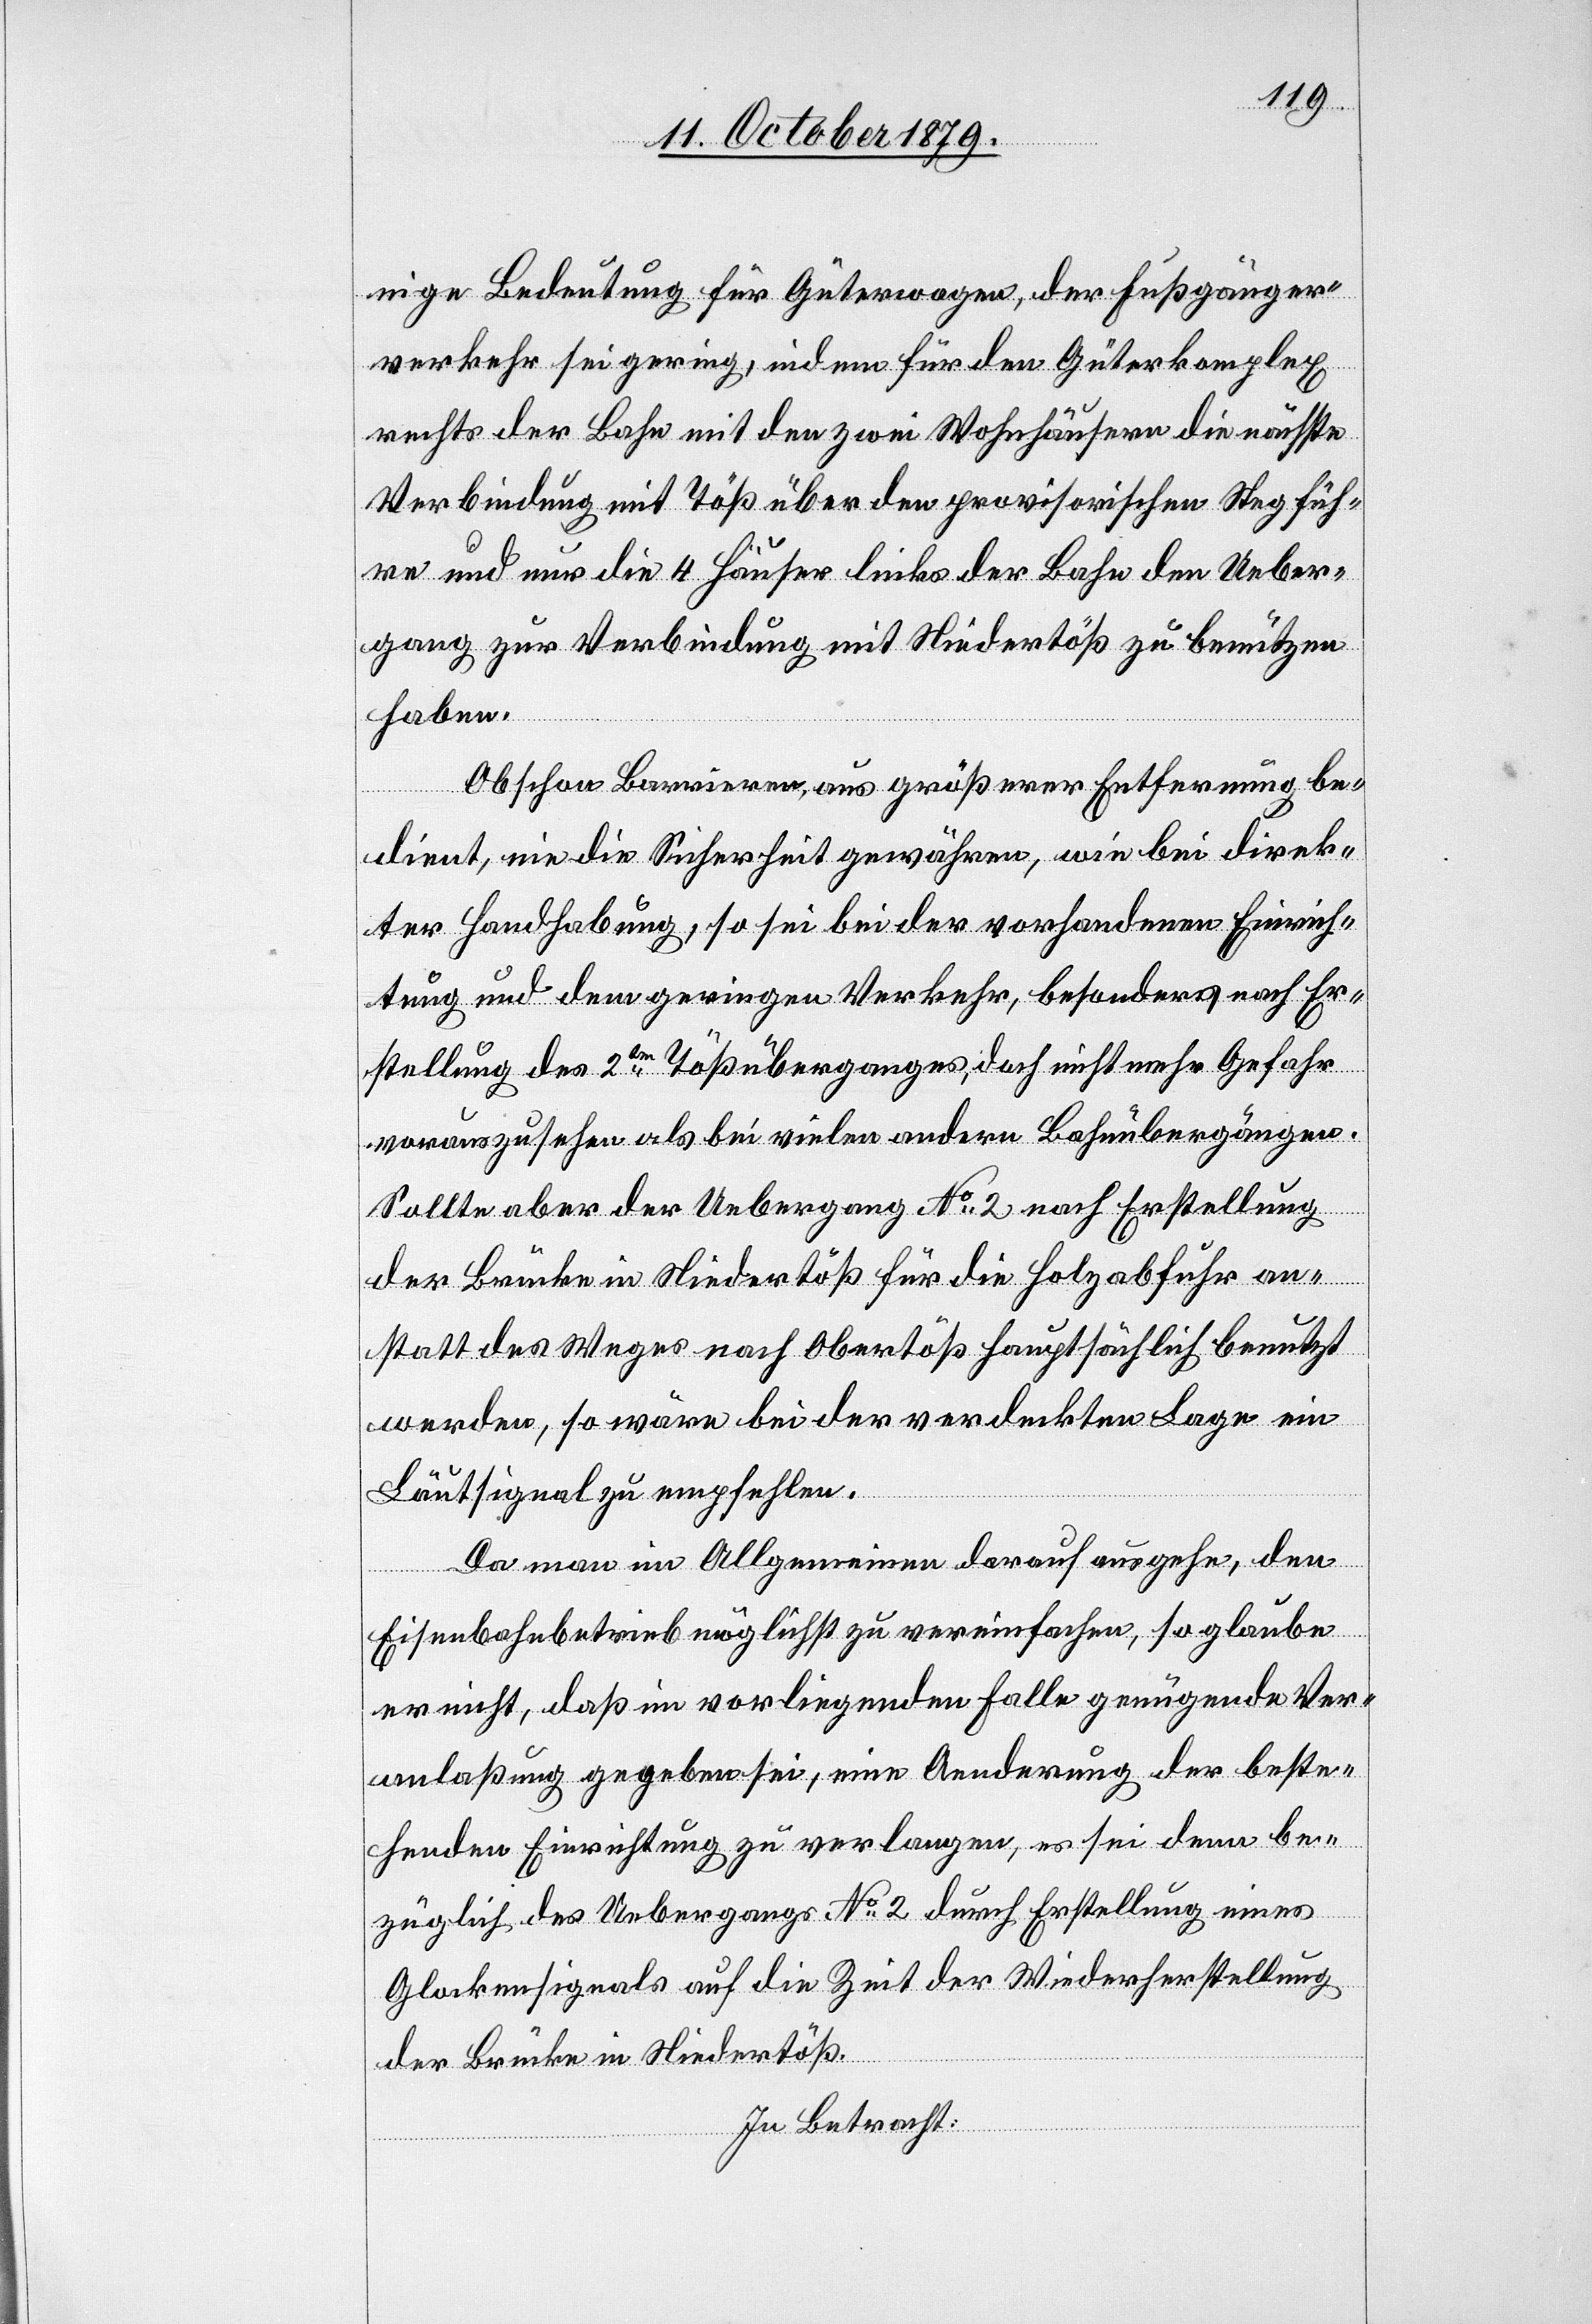
nige Bedeutung für Güterwagen, der Fußgänger¬
verkehr sei gering, indem für den Güterkomplex
rechts der Bahn mit den zwei Wohnhäusern die nächste
Verbindung mit der Töß über den provisorischen Steg füh¬
re und nur die 4 Häuser links der Bahn den Ueber¬
gang zur Verbindung mit Niedertöß zu benutzen
haben.
Obschon Barrieren, aus größerer Entfernung be¬
dient, nie die Sicherheit gewähren, wie bei direk¬
ter Handhabung, so sei bei der vorhandenen Einrich¬
tung und dem geringen Verkehr, besonders nach Er¬
stellung des 2ten Tößübergangs, doch nicht mehr Gefahr
vorauszusehen als bei vielen andern Bahnübergängen.
Sollte aber der Uebergang No 2 nach Erstellung
der Brücke in Niedertöß für die Holzabfuhr an¬
statt des Weges nach Obertöß hauptsächlich benutzt
werden, so wäre bei der verdeckten Lage ein
Läutsignal zu empfehlen.
Da man im Allgemeinen darauf ausgehe, den
Eisenbahnbetrieb möglichst zu vereinfachen, so glaube
er nicht, daß im vorliegenden Falle genügende Ver¬
anlaßung gegeben sei, eine Aenderung der beste¬
henden Einrichtung zu verlangen, es sei denn be¬
züglich des Uebergangs No 2 durch Erstellung eines
Glockensignals auf die Zeit der Wiederherstellung
der Brücke in Niedertöß.
In Betracht: